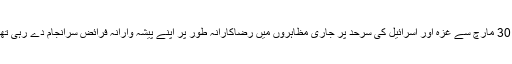
وہ 30 مارچ سے غزہ اور اسرائیل کی سرحد پر جاری مظاہروں میں رضاکارانہ طور پر اپنے پیشہ وارانہ فرائض سرانجام دے رہی تھیں۔